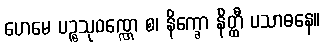
ဟေမေ ပဉ္စသုဝဏ္ဏေ စ၊ နိက္ခော နိတ္ထီ ပသာဓနေ။